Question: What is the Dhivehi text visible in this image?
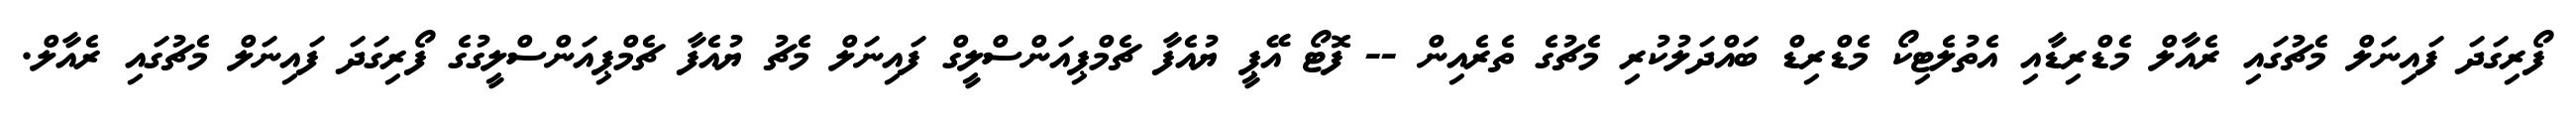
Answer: ފޯރިގަދަ ފައިނަލް މެޗުގައި ރެއާލް މެޑްރިޑާއި އެތުލެޓިކޯ މެޑްރިޑް ބައްދަލުކުރި މެޗުގެ ތެރެއިން -- ފޮޓޯ އޭޕީ ޔުއެފާ ޗެމްޕިއަންސްލީގް ފައިނަލް މެޗު ޔުއެފާ ޗެމްޕިއަންސްލީގުގެ ފޯރިގަދަ ފައިނަލް މެޗުގައި ރެއާލް.